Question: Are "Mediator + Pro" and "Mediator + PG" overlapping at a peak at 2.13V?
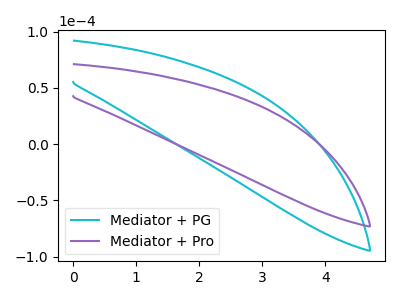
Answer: <think>The cyan curve "Mediator + PG" has no peaks. The purple curve "Mediator + Pro" has no peaks.</think>
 <answer>No, "Mediator + Pro" and "Mediator + PG" dont share a peak at 2.13V.</answer>
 <eval>mismatch</eval>